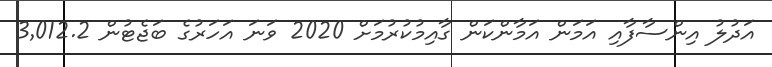
އަދުލު އިންސާފާއި އަމަން އަމާންކަން ގާއިމުކުރުމަށް 2020 ވަނަ އަހަރުގެ ބަޖެޓުން 3